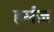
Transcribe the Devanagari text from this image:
हर्मंज़